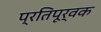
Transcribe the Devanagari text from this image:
प्रतिपूर्वक